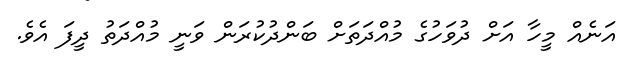
އަނެއް މީހާ އަށް ދުވަހުގެ މުއްދަތަށް ބަންދުކުރަން ވަނީ މުއްދަތު ދީފަ އެވެ.